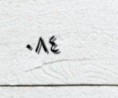
٠٨٤